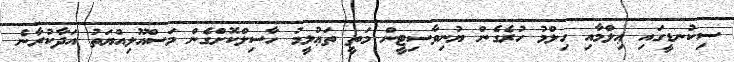
ސިކުނޑީގައި ޢިލްމާއި ހިލްމު ހުރެގެން ޔުނިވާސިޓީން މަތީ ތަޢުލީމު ހާސިލްކޮށްގެން މަސްއޫލިއްޔަތު އަދާކުރާނެ